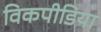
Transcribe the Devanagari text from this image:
विकपीडिया